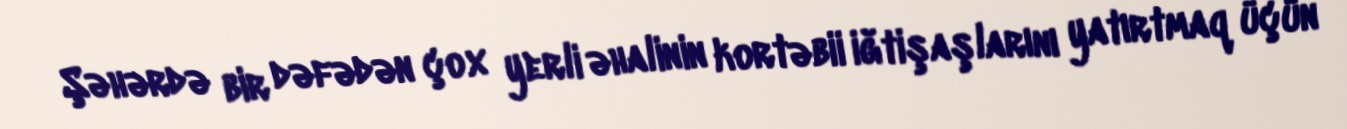
Şəhərdə bir dəfədən çox yerli əhalinin kortəbii iğtişaşlarını yatırtmaq üçün